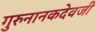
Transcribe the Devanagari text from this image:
गुरुनानकदेवजी